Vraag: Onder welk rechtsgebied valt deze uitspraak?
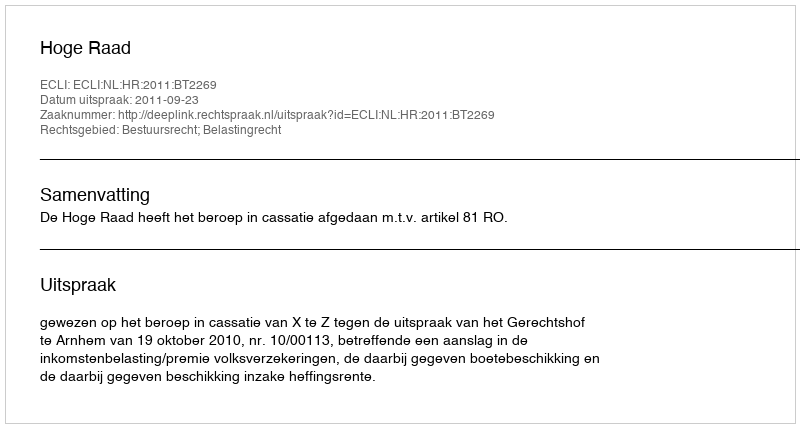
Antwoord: Bestuursrecht; Belastingrecht